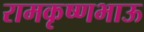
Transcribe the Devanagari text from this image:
रामकृष्णभाऊ